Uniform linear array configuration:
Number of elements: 48
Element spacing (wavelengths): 0.5
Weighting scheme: hann
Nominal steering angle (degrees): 0
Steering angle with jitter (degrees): -1.295
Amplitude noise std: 0.05
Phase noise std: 0.05

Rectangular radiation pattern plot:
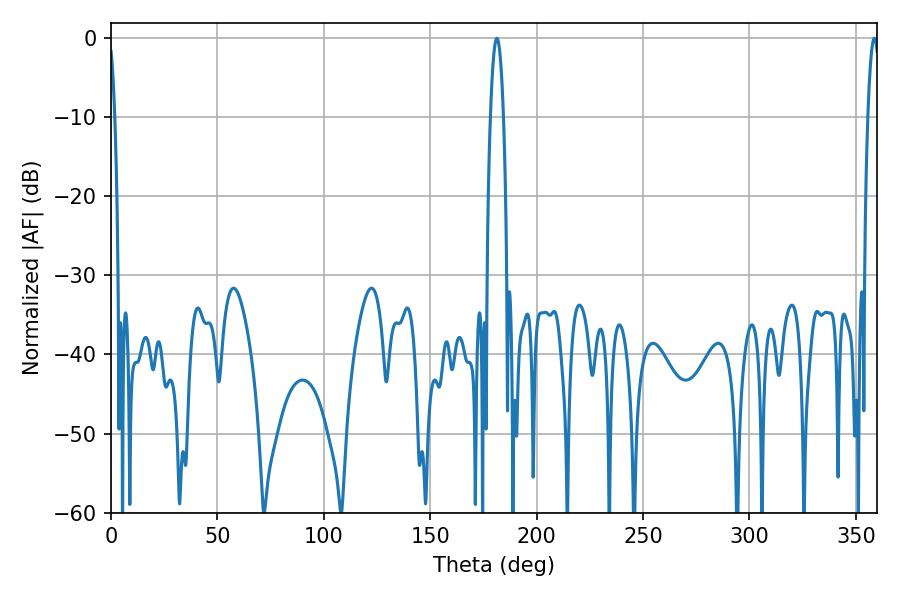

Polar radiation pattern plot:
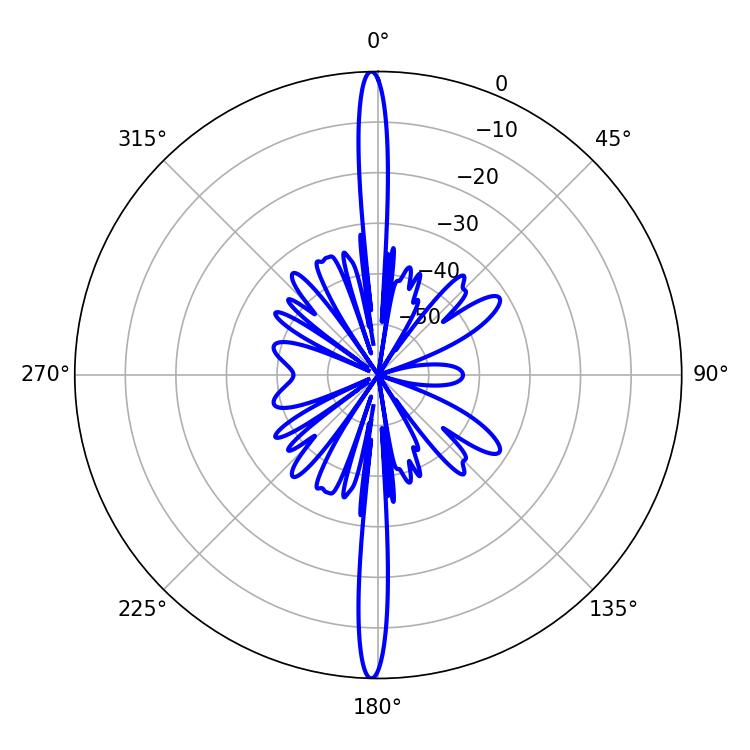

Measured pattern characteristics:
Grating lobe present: FALSE
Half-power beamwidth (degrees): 3.42
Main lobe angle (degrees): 181.26